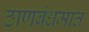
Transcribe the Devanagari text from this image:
ठाणबंधमात